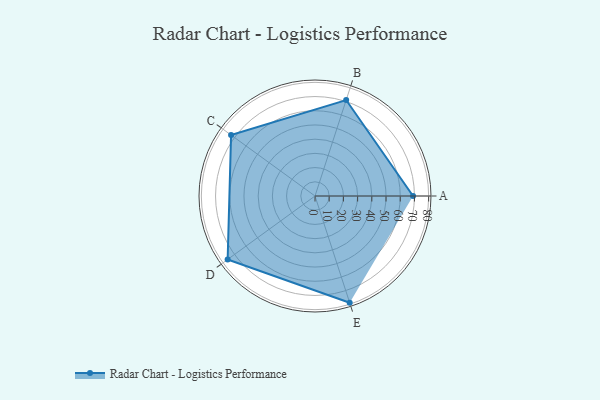
{"axis": {"x": "Skill", "y": "Score"}, "legend": ["Profile"], "data": [{"x": "A", "y": 69.0, "type": "Profile"}, {"x": "B", "y": 71.0, "type": "Profile"}, {"x": "C", "y": 73.0, "type": "Profile"}, {"x": "D", "y": 76.0, "type": "Profile"}, {"x": "E", "y": 79.0, "type": "Profile"}]}